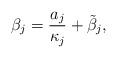
LaTeX: \begin{align*}\beta_j = \frac{a_j}{\kappa_j} + \tilde\beta_j,\end{align*}